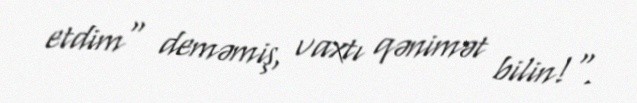
etdim" deməmiş, vaxtı qənimət bilin!".